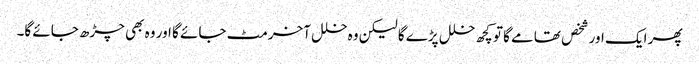
پھر ایک اور شخص تھامے گا تو کچھ خلل پڑے گا لیکن وہ خلل آخر مٹ جائے گا اور وہ بھی چڑھ جائے گا۔